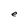
Character: e